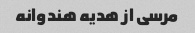
مرسی از هدیه هندوانه